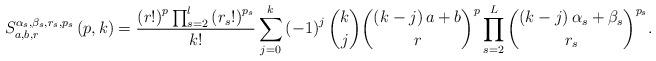
LaTeX: \begin{align*}S_{a,b,r}^{\alpha _{s},\beta _{s},r_{s},p_{s}}\left( p,k\right) =\frac{\left( r!\right) ^{p}\prod_{s=2}^{l}\left( r_{s}!\right) ^{p_{s}}}{k!}\sum_{j=0}^{k}\left( -1\right) ^{j}\binom{k}{j}\binom{\left( k-j\right) a+b}{r}^{p}\prod_{s=2}^{L}\binom{\left( k-j\right) \alpha _{s}+\beta _{s}}{r_{s}}^{p_{s}}. \end{align*}